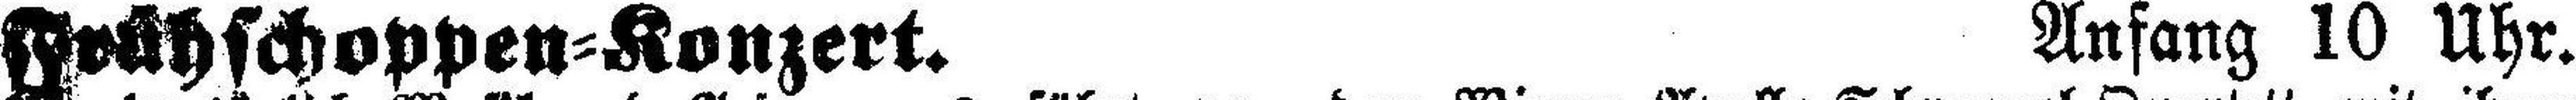
Frühschoppen=Konzert. Anfang 10 Uhr.